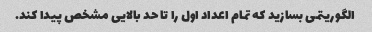
الگوریتمی بسازید که تمام اعداد اول را تا حد بالایی مشخص پیدا کند.